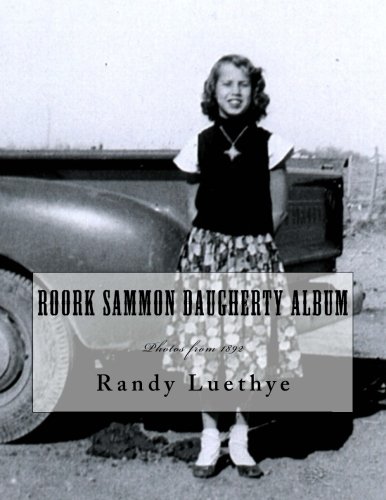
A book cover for Roork Sammon Daugherty Album: Photos from 1892; Randy Luethye; Parenting & Relationships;